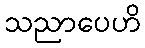
သညာပေဟိ